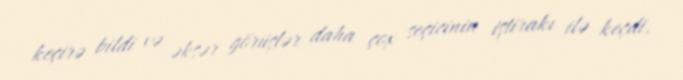
keçirə bildi və əksər görüşlər daha çox seçicinin iştirakı ilə keçdi.